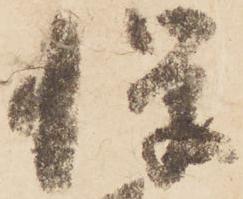
憚